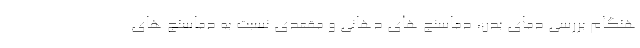
هنگام بررسی دمای بدن، دماسنج های دهانی و مقعدی نسبت به دماسنج های